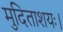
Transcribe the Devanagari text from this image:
मुदिताशयः।